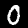
Digit: 0